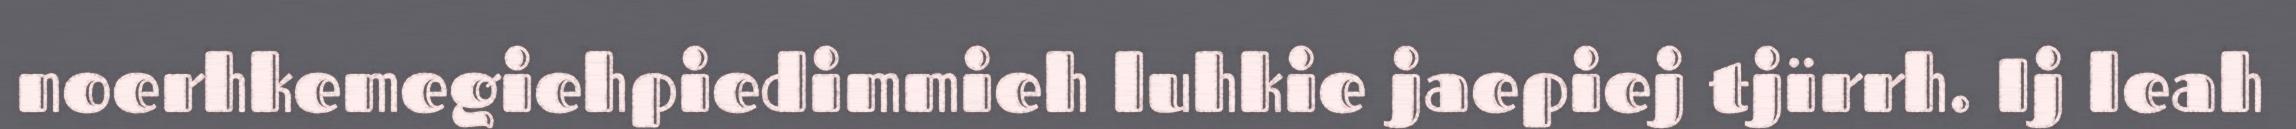
noerhkemegiehpiedimmieh luhkie jaepiej tjïrrh. Ij leah